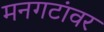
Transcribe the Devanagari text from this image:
मनगटांवर